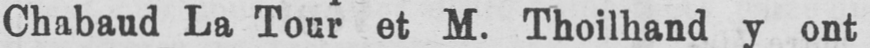
Chabaud La Tour et M. Thoilhand y ont